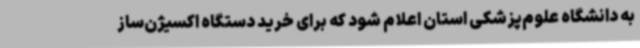
به دانشگاه علوم‌پزشکی استان اعلام شود که برای خرید دستگاه اکسیژن‌ساز